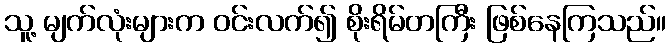
သူ့ မျက်လုံးများက ဝင်းလက်၍ စိုးရိမ်တကြီး ဖြစ်နေကြသည်။